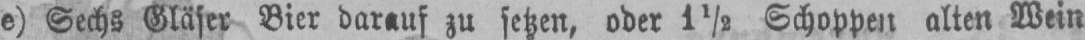
e) Sechs Gläser Bier darauf zu setzen, oder 1½ Schoppen alten Wein